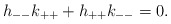
\begin{align*}h_{--}k_{++} + h_{++}k_{--} = 0. \end{align*}